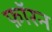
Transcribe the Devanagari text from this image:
फ़ॉरन